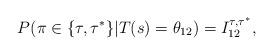
LaTeX: \begin{align*}P(\pi\in\{\tau,\tau^*\}|T(s) =\theta_{12})= I_{12}^{\tau,\tau^*},\end{align*}